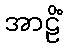
အာဠိံ